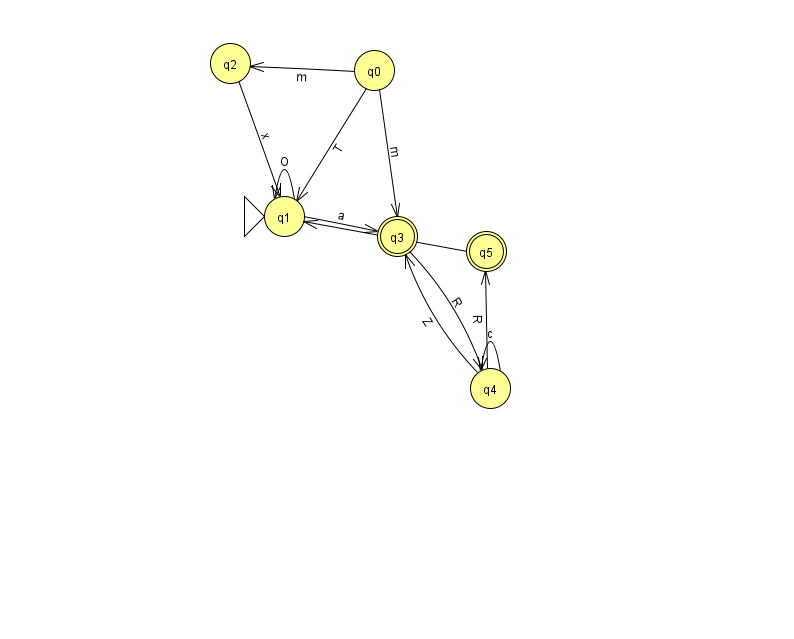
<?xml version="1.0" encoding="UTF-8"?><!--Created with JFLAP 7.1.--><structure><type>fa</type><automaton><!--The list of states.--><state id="0" name="q0"><x>374.0</x><y>57.0</y></state><state id="1" name="q1"><x>284.0</x><y>203.0</y><initial/></state><state id="2" name="q2"><x>230.0</x><y>50.0</y></state><state id="3" name="q3"><x>397.0</x><y>223.0</y><final/></state><state id="4" name="q4"><x>490.0</x><y>375.0</y></state><state id="5" name="q5"><x>486.0</x><y>238.0</y><final/></state><!--The list of transitions.--><transition><from>4</from><to>3</to><read>Z</read></transition><transition><from>0</from><to>3</to><read>m</read></transition><transition><from>2</from><to>1</to><read>x</read></transition><transition><from>4</from><to>4</to><read>c</read></transition><transition><from>5</from><to>1</to><read>h</read></transition><transition><from>1</from><to>3</to><read>a</read></transition><transition><from>4</from><to>5</to><read>R</read></transition><transition><from>3</from><to>4</to><read>R</read></transition><transition><from>0</from><to>1</to><read>T</read></transition><transition><from>0</from><to>2</to><read>m</read></transition><transition><from>1</from><to>1</to><read>O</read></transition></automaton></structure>